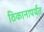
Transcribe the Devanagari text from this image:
ठिकानापर्यंत